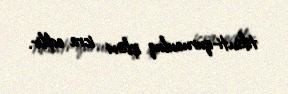
tikinti-quruculuq işləri icra edilir.